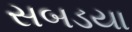
સબડયા